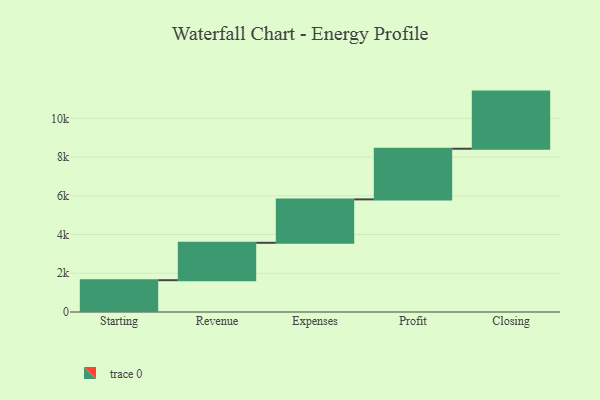
{"axis": {"x": "Step", "y": "Value"}, "legend": [""], "data": [{"x": "Starting", "y": 1643.0, "type": ""}, {"x": "Revenue", "y": 1931.0, "type": ""}, {"x": "Expenses", "y": 2242.0, "type": ""}, {"x": "Profit", "y": 2615.0, "type": ""}, {"x": "Closing", "y": 2951.0, "type": ""}]}